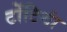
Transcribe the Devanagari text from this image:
टोंटियां